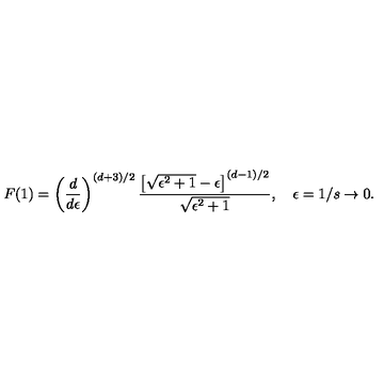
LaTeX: F ( 1 ) = \left( \frac { d } { d \epsilon } \right) ^ { ( d + 3 ) / 2 } { \frac { \left[ \sqrt { \epsilon ^ { 2 } + 1 } - \epsilon \right] ^ { ( d - 1 ) / 2 } } { \sqrt { \epsilon ^ { 2 } + 1 } } } , \quad \epsilon = 1 / s \to 0 .